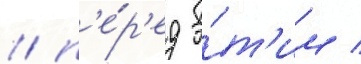
/ п'е́р'ед э́т'им /